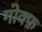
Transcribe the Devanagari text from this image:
गोक्फ़